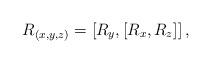
LaTeX: \begin{align*}R_{\left( x,y,z\right) }=\left[ R_{y},\left[ R_{x},R_{z}\right]\right], \end{align*}